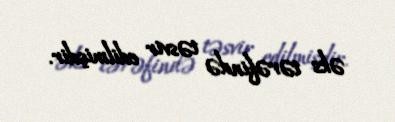
əks tərəfində təsvir edilmişdir.